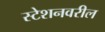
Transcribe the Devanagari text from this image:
स्टेशनवरील